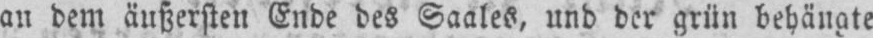
an dem äußersten Ende des Saales, und der grün behängte